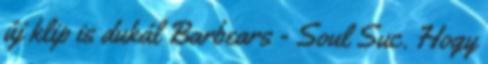
új klip is dukál Barbears - Soul Suc. Hogy